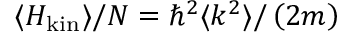
\langle H _ { \mathrm { k i n } } \rangle / N = \hbar ^ { 2 } \langle k ^ { 2 } \rangle / \left( 2 m \right)